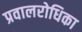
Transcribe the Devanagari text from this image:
प्रवालरोधिका